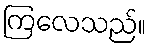
ကြလေသည်။